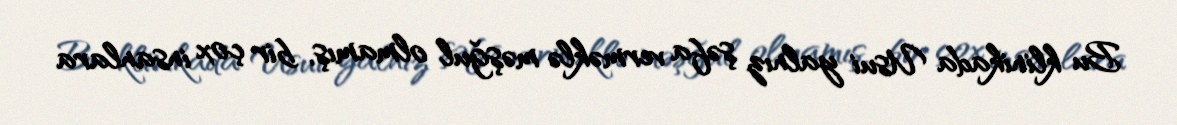
Bu klinikada Usui yalnız şəfa verməklə məşğul olmamış, bir çox insanlara